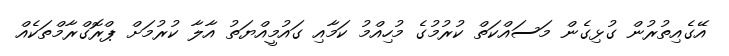
އޭގެއިތުރުން ގުޅިގެން މަސައްކަތް ކުރުމުގެ މުހިއްމު ކަމާއި ގައުމީއްޔަތު އާލާ ކުރުމަށް ޕްރޮގްރާމްތަކެއް